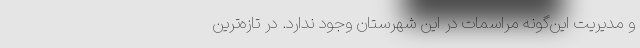
و مدیریت این‌گونه مراسمات در این شهرستان وجود ندارد. در تازه‌ترین